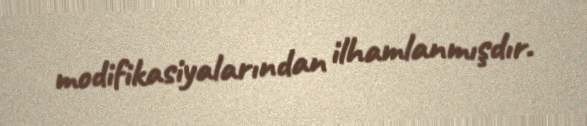
modifikasiyalarından ilhamlanmışdır.